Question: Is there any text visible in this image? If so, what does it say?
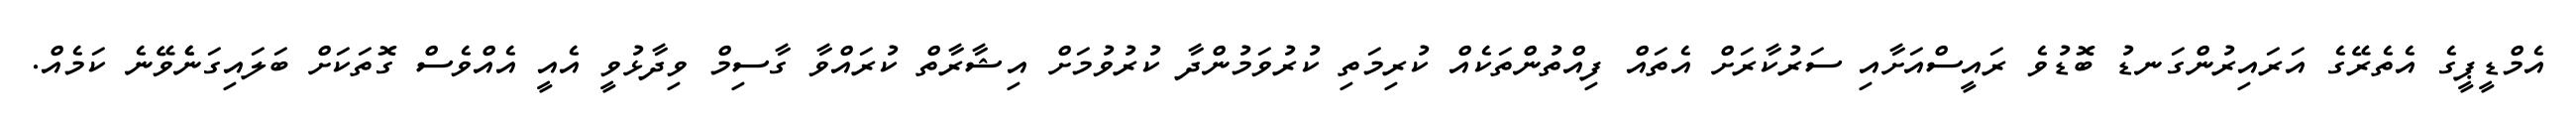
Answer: އެމްޑީޕީގެ އެތެރޭގެ އަރައިރުންގަނޑު ބޮޑުވެ ރައީސްއަށާއި ސަރުކާރަށް އެތައް ފިއްތުންތަކެއް ކުރިމަތި ކުރުވަމުންދާ ކުރުވުމަށް އިޝާރާތް ކުރައްވާ ގާސިމް ވިދާޅުވީ އެއީ އެއްވެސް ގޮތަކަށް ބަލައިގަނެެވޭނެ ކަމެއް.